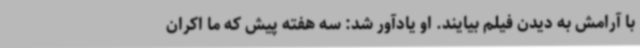
با آرامش به دیدن فیلم بیایند. او یادآور شد: سه هفته پیش که ما اکران